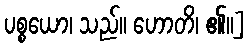
ပစ္စယော၊ သည်။ ဟောတိ၊ ၏။]